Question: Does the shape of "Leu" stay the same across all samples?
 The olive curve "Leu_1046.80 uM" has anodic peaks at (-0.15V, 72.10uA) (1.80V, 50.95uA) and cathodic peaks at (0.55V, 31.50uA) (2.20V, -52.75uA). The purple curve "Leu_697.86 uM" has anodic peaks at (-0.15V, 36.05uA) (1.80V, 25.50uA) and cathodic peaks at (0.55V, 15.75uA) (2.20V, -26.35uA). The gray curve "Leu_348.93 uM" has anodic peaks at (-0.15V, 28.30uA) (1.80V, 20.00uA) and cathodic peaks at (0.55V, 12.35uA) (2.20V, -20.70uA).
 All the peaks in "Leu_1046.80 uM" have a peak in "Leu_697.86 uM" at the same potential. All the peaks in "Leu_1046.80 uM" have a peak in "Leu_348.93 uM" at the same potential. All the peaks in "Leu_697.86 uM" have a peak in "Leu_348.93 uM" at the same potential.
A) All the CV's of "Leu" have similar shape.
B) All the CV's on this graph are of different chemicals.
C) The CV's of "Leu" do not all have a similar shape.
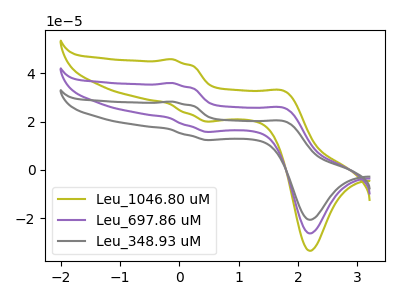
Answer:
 <answer>A) All the CV's of "Leu" have similar shape.</answer>
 <eval>A</eval>